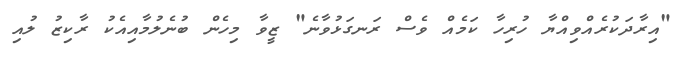
"އިރާދަކުރެއްވިއްޔާ ހުރިހާ ކަމެއް ވެސް ރަނގަޅުވާނެ" ޒީވާ މިހެން ބުނެލުމާއިއެކު ރާކިޒު ލުއި